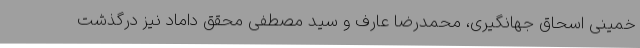
خمینی اسحاق جهانگیری، محمدرضا عارف و سید مصطفی محقق داماد نیز درگذشت